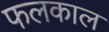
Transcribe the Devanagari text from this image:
फलकाल